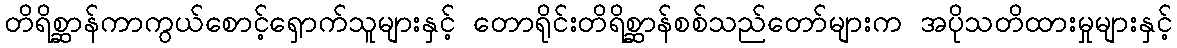
တိရိစ္ဆာန်ကာကွယ်စောင့်ရှောက်သူများနှင့် တောရိုင်းတိရိစ္ဆာန်စစ်သည်တော်များက အပိုသတိထားမှုများနှင့်